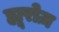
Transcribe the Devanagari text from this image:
ह्यूरोज़